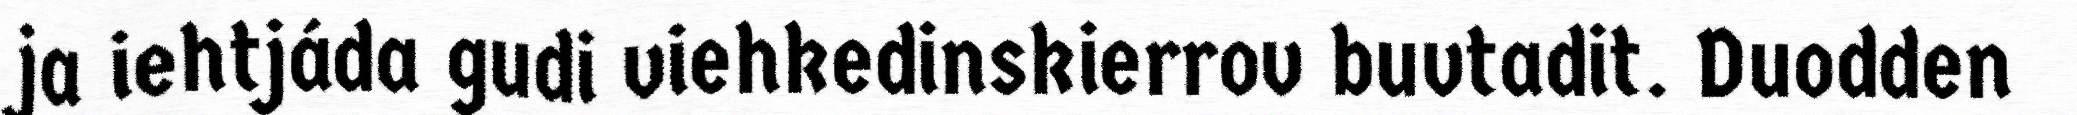
ja iehtjáda gudi viehkedinskierrov buvtadit. Duodden